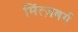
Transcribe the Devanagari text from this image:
मिंत्ज़बर्ग